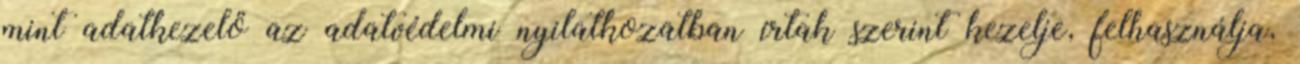
mint adatkezelő az adatvédelmi nyilatkozatban írtak szerint kezelje, felhasználja,